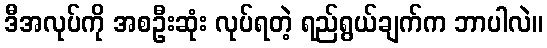
ဒီအလုပ်ကို အစဦးဆုံး လုပ်ရတဲ့ ရည်ရွယ်ချက်က ဘာပါလဲ။